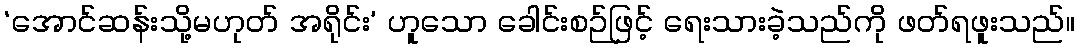
‘အောင်ဆန်းသို့မဟုတ် အရိုင်း’ ဟူသော ခေါင်းစဉ်ဖြင့် ရေးသားခဲ့သည်ကို ဖတ်ရဖူးသည်။